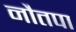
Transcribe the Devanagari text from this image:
नौतपा